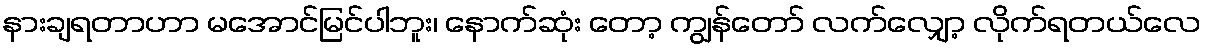
နားချရတာဟာ မအောင်မြင်ပါဘူး၊ နောက်ဆုံး တော့ ကျွန်တော် လက်လျှော့ လိုက်ရတယ်လေ